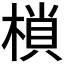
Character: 𭫖